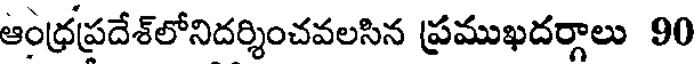
ఆంధ్రప్రదేశ్లోనిదర్శించవలసిన ప్రముఖదర్గాలు 90